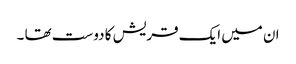
ان میں ایک قریش کا دوست تھا ۔